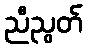
ညီညွတ်